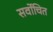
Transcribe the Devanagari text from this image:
सर्वोचित